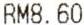
RM8.60